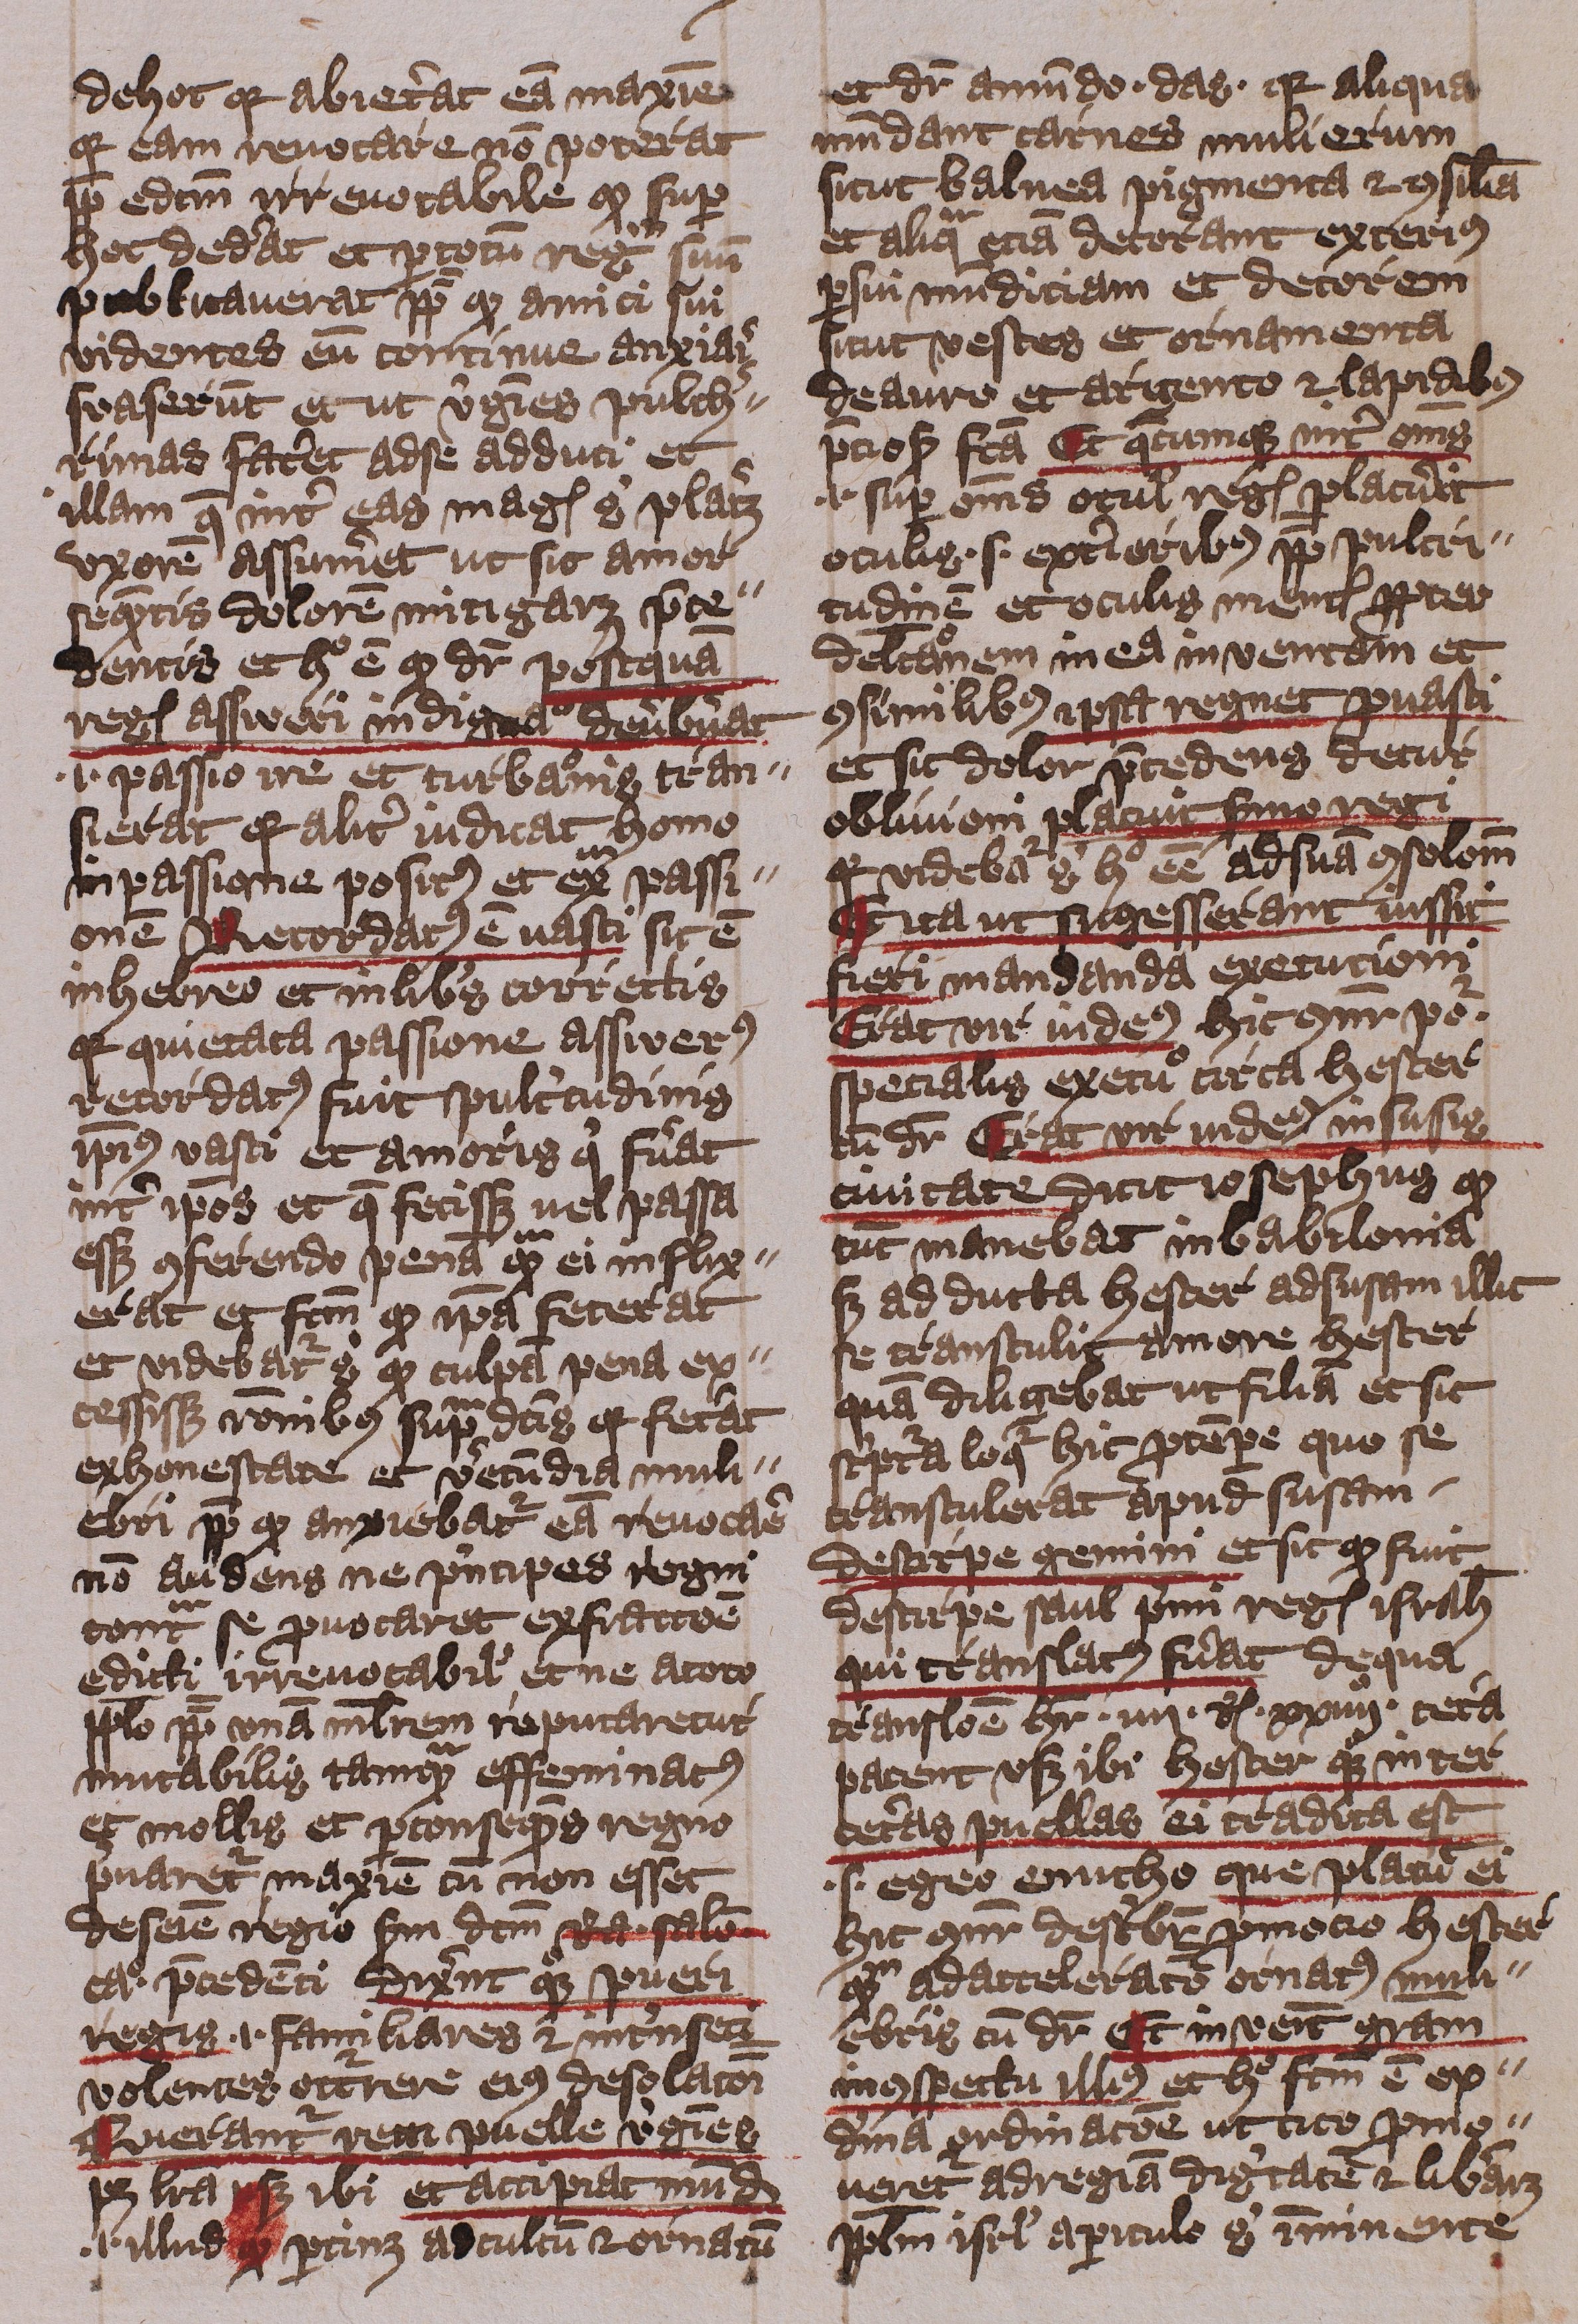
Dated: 1400–1401